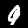
Digit: 9